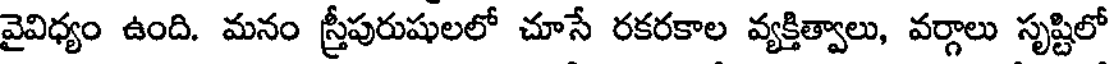
వైవిధ్యం ఉంది. మనం స్త్రీపురుషులలో చూసే రకరకాల వ్యక్తిత్వాలు, వర్గాలు సృష్టిలో